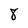
Character: 8